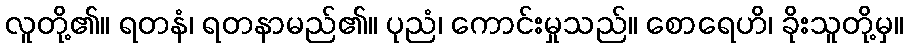
လူတို့၏။ ရတနံ၊ ရတနာမည်၏။ ပုညံ၊ ကောင်းမှုသည်။ စောရေဟိ၊ ခိုးသူတို့မှ။